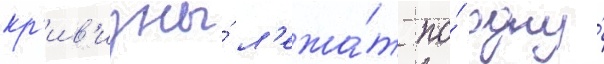
кр'ив'изны́ л'ежа́т по́ одну́